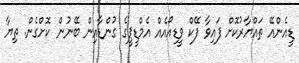
ޑީއެންއޭ ތައްޔާރުކޮށް ފައިވާ ފޭކް ވީޑިއޯއެއް އެމްޑީޕީގެ ގުންޑާއިން ބޭނުން ކޮށްގެން. ތިޔާ